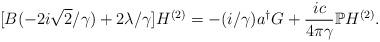
LaTeX: \begin{align*}[B(-2i\sqrt{2}/\gamma) +2\lambda /\gamma] H^{(2)} =-(i/\gamma) a^\dagger G +\frac{ic}{4\pi\gamma} \mathbb{P} H^{(2)}. \end{align*}